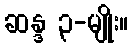
ဆန္ဒ ၃-မျိုး။